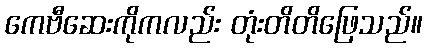
ကေဗီဆေးကိုကလည်း တုံးတိတိဖြေသည်။